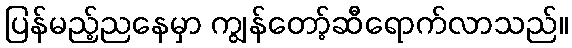
ပြန်မည့်ညနေမှာ ကျွန်တော့်ဆီရောက်လာသည်။